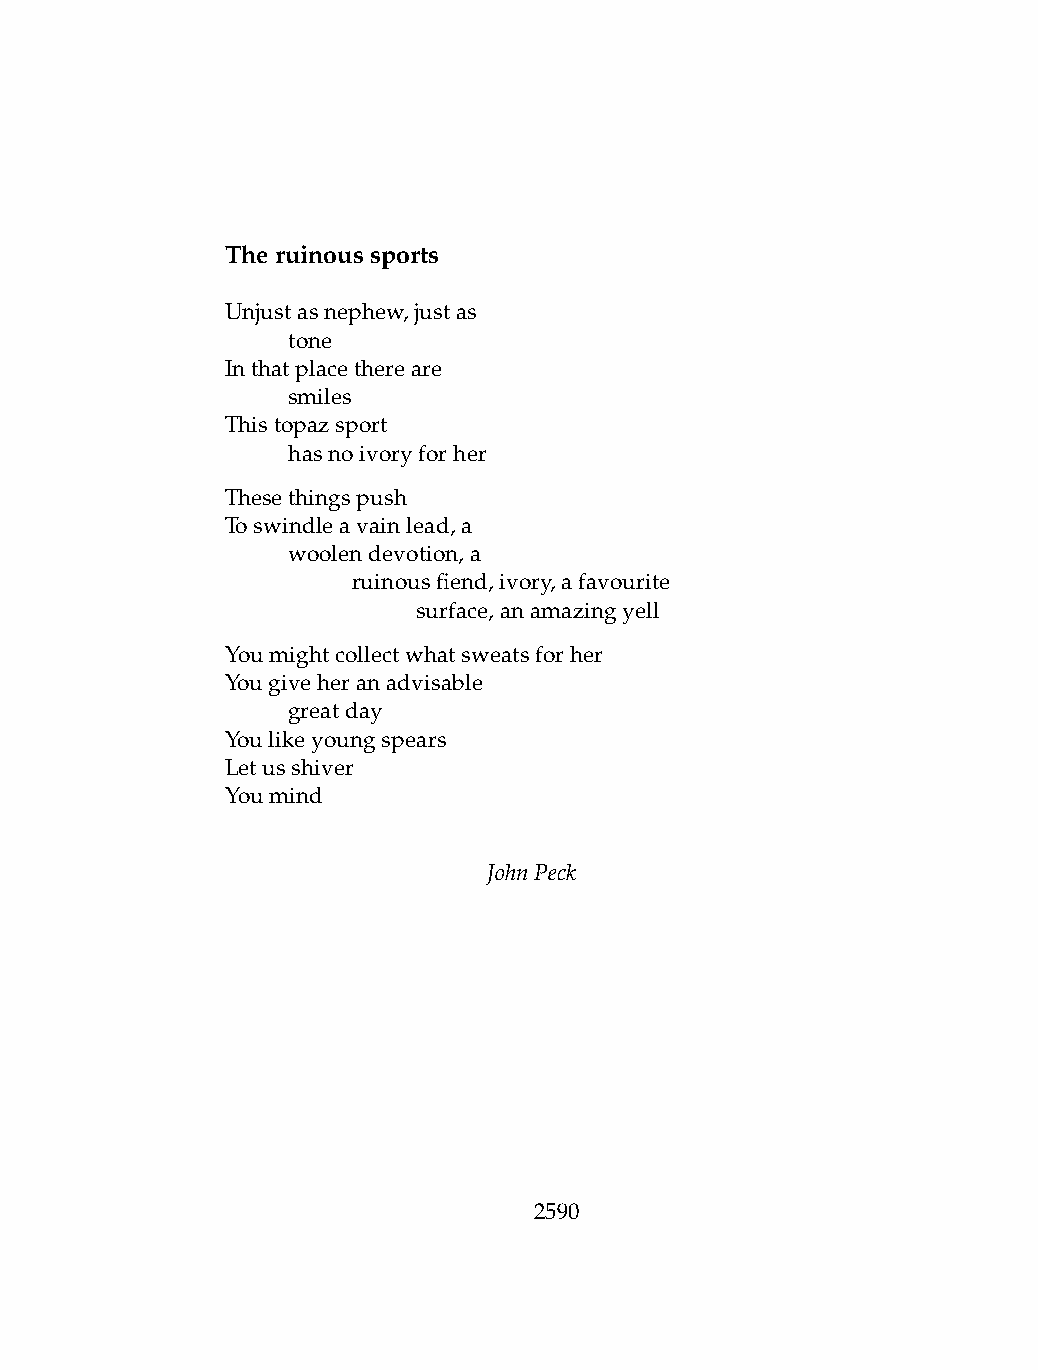
Theruinoussports
 Unjustasnephew,justas
 .   tone
 Inthatplacethereare
 .   smiles
 Thistopazsport
 .   hasnoivoryforher
 Thesethingspush
 Toswindleavainlead,a
 .   woolendevotion,a
 .   .   ruinousfiend,ivory,afavourite
 .   .   .    surface,anamazingyell
 Youmightcollectwhatsweatsforher
 Yougiveheranadvisable
 .   greatday
 Youlikeyoungspears
 Letusshiver
 Youmind
 JohnPeck
 2590